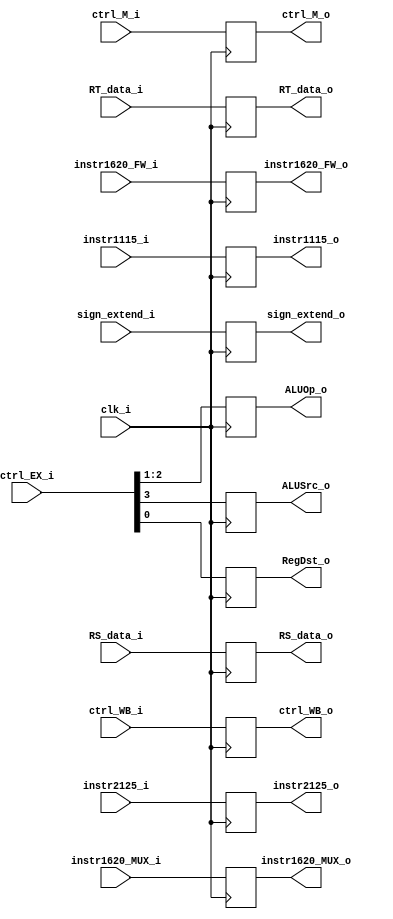
module ID_EX
(
	clk_i,
	instr1115_i,
	instr1620_MUX_i,
	instr1620_FW_i,
	instr2125_i,
	sign_extend_i,
	RS_data_i,
	RT_data_i,
	ctrl_WB_i,
	ctrl_M_i,
	ctrl_EX_i,
	instr1115_o,
	instr1620_MUX_o,
	instr1620_FW_o,
	instr2125_o,
	sign_extend_o,
	RS_data_o,
	RT_data_o,
	ctrl_WB_o,
	ctrl_M_o,
	ALUSrc_o,
	ALUOp_o,
	RegDst_o
);

input			clk_i;
input		[4:0]	instr1115_i, instr1620_MUX_i, instr1620_FW_i, instr2125_i;
input		[31:0]	sign_extend_i, RS_data_i, RT_data_i;
input		[1:0]	ctrl_WB_i;
input		[1:0]	ctrl_M_i;
input		[3:0]	ctrl_EX_i;
output reg	[4:0]	instr1115_o, instr1620_MUX_o, instr1620_FW_o, instr2125_o;
output reg	[31:0]	sign_extend_o, RS_data_o, RT_data_o;
output reg	[1:0]	ctrl_WB_o;
output reg	[1:0]	ctrl_M_o;
output reg	[1:0]	ALUOp_o;
output reg		ALUSrc_o, RegDst_o;

always@(negedge clk_i) begin
	instr1115_o <= instr1115_i;
	instr1620_MUX_o <= instr1620_MUX_i;
	instr1620_FW_o <= instr1620_FW_i;
	instr2125_o <= instr2125_i;
	sign_extend_o <= sign_extend_i;
	RS_data_o <= RS_data_i;
	RT_data_o <= RT_data_i;
	ctrl_WB_o <= ctrl_WB_i;
	ctrl_M_o <= ctrl_M_i;
	RegDst_o <= ctrl_EX_i[0];
	ALUOp_o <= ctrl_EX_i[2:1];
	ALUSrc_o <= ctrl_EX_i[3];
end

endmodule